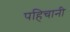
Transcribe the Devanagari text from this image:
पहिचानी